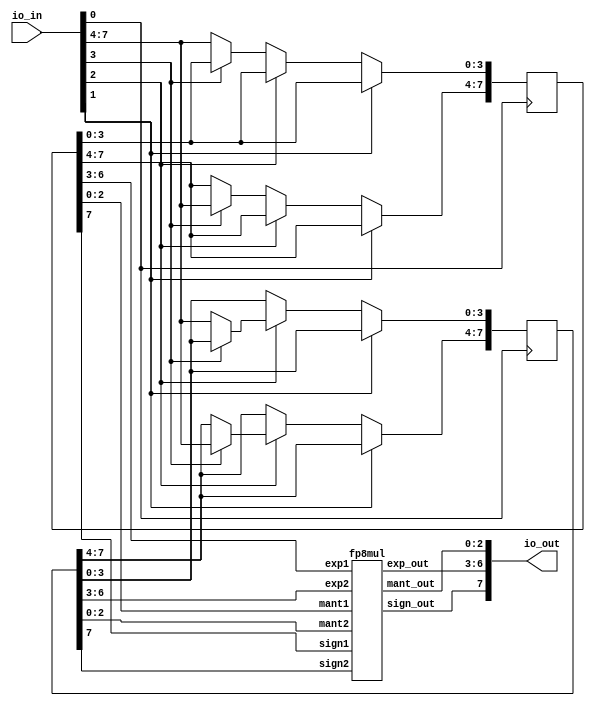
module cchan_fp8_multiplier (
  input [7:0] io_in,
  output [7:0] io_out
);
    wire clk = io_in[0];
    wire [2:0] ctrl = io_in[3:1];
    wire [3:0] data = io_in[7:4];
    // wire [6:0] led_out;
    // assign io_out[6:0] = led_out;
    // wire [5:0] seed_input = io_in[7:2];

    reg [8:0] operand1;
    reg [8:0] operand2;
    // For now we're commenting this out and leaving the results unbuffered.
    // reg [8:0] result_out;
    // assign io_out = result_out;

    always @(posedge clk) begin
        if (!ctrl[0]) begin  // if first CTRL bit is off, we're in STORE mode
            if (!ctrl[1]) begin  // second CTRL bit controls whether it's the first or second operand
                if (!ctrl[2]) begin  // third CTRL bit controls whether it's the upper or lower half
                    operand1[3:0] <= data;
                end else begin
                    operand1[7:4] <= data;
                end
            end else begin
                if (!ctrl[2]) begin
                    operand2[3:0] <= data;
                end else begin
                    operand2[7:4] <= data;
                end
            end
        end else begin  // if first CTRL bit is on, this is reserved.
            // TODO
            // if (!ctrl[1] && !ctrl[2]) begin
            //     result_out[7:0] <= 0;
            // end
        end
    end

    // Compute result_out in terms of operand1, operand2
    fp8mul mul1(
        .sign1(operand1[7]),
        .exp1(operand1[6:3]),
        .mant1(operand1[2:0]),
        .sign2(operand2[7]),
        .exp2(operand2[6:3]),
        .mant2(operand2[2:0]),
        .sign_out(io_out[7]),
        .exp_out(io_out[6:3]),
        .mant_out(io_out[2:0])
    );
endmodule

module fp8mul (
  input sign1,
  input [3:0] exp1,
  input [2:0] mant1,

  input sign2,
  input [3:0] exp2,
  input [2:0] mant2,

  output sign_out,
  output [3:0] exp_out,
  output [2:0] mant_out
);
    parameter EXP_BIAS = 7;
    wire isnan = (sign1 == 1 && exp1 == 0 && mant1 == 0) || (sign2 == 1 && exp2 == 0 && mant2 == 0);
    wire [7:0] full_mant = ({exp1 != 0, mant1} * {exp2 != 0, mant2});
    wire overflow_mant = full_mant[7];
    wire [6:0] shifted_mant = overflow_mant ? full_mant[6:0] : {full_mant[5:0], 1'b0};
    // is the mantissa overflowing up to the next exponent?
    wire roundup = (exp1 + exp2 + overflow_mant < 1 + EXP_BIAS) && (shifted_mant[6:0] != 0)
                   || (shifted_mant[6:4] == 3'b111 && shifted_mant[3]);
    wire underflow = (exp1 + exp2 + overflow_mant) < 1 - roundup + EXP_BIAS;
    wire is_zero = exp1 == 0 || exp2 == 0 || isnan || underflow;
    // note: you can't use negative numbers reliably. just keep things positive during compares.
    wire [4:0] exp_out_tmp = (exp1 + exp2 + overflow_mant + roundup) < EXP_BIAS ? 0 : (exp1 + exp2 + overflow_mant + roundup - EXP_BIAS);
    assign exp_out = exp_out_tmp > 15 ? 4'b1111 : (is_zero) ? 0 : exp_out_tmp[3:0];  // Exponent bias is 7
    assign mant_out = exp_out_tmp > 15 ? 3'b111 : (is_zero || roundup) ? 0 : (shifted_mant[6:4] + (shifted_mant[3:0] > 8 || (shifted_mant[3:0] == 8 && shifted_mant[4])));
    assign sign_out = ((sign1 ^ sign2) && !(is_zero)) || isnan;
endmodule